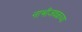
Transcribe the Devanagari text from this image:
नाभीजवळच्या